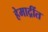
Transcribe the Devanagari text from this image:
हेमाद्रींत